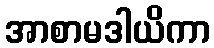
အာစာမဒါယိကာ